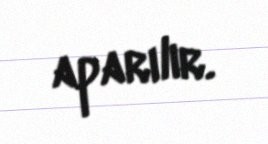
aparılır.